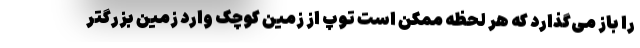
را باز می‌گذارد که هر لحظه ممکن است توپ از زمین کوچک وارد زمین بزرگتر